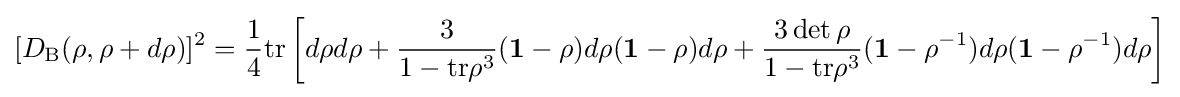
[D_{\text{B}}(\rho ,\rho +d\rho )]^{2}={\frac {1}{4}}{\mbox{tr}}\left[d\rho d\rho +{\frac {3}{1-{\mbox{tr}}\rho ^{3}}}(\mathbf {1} -\rho )d\rho (\mathbf {1} -\rho )d\rho +{\frac {3\det {\rho }}{1-{\mbox{tr}}\rho ^{3}}}(\mathbf {1} -\rho ^{-1})d\rho (\mathbf {1} -\rho ^{-1})d\rho \right]